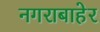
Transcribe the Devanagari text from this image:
नगराबाहेर